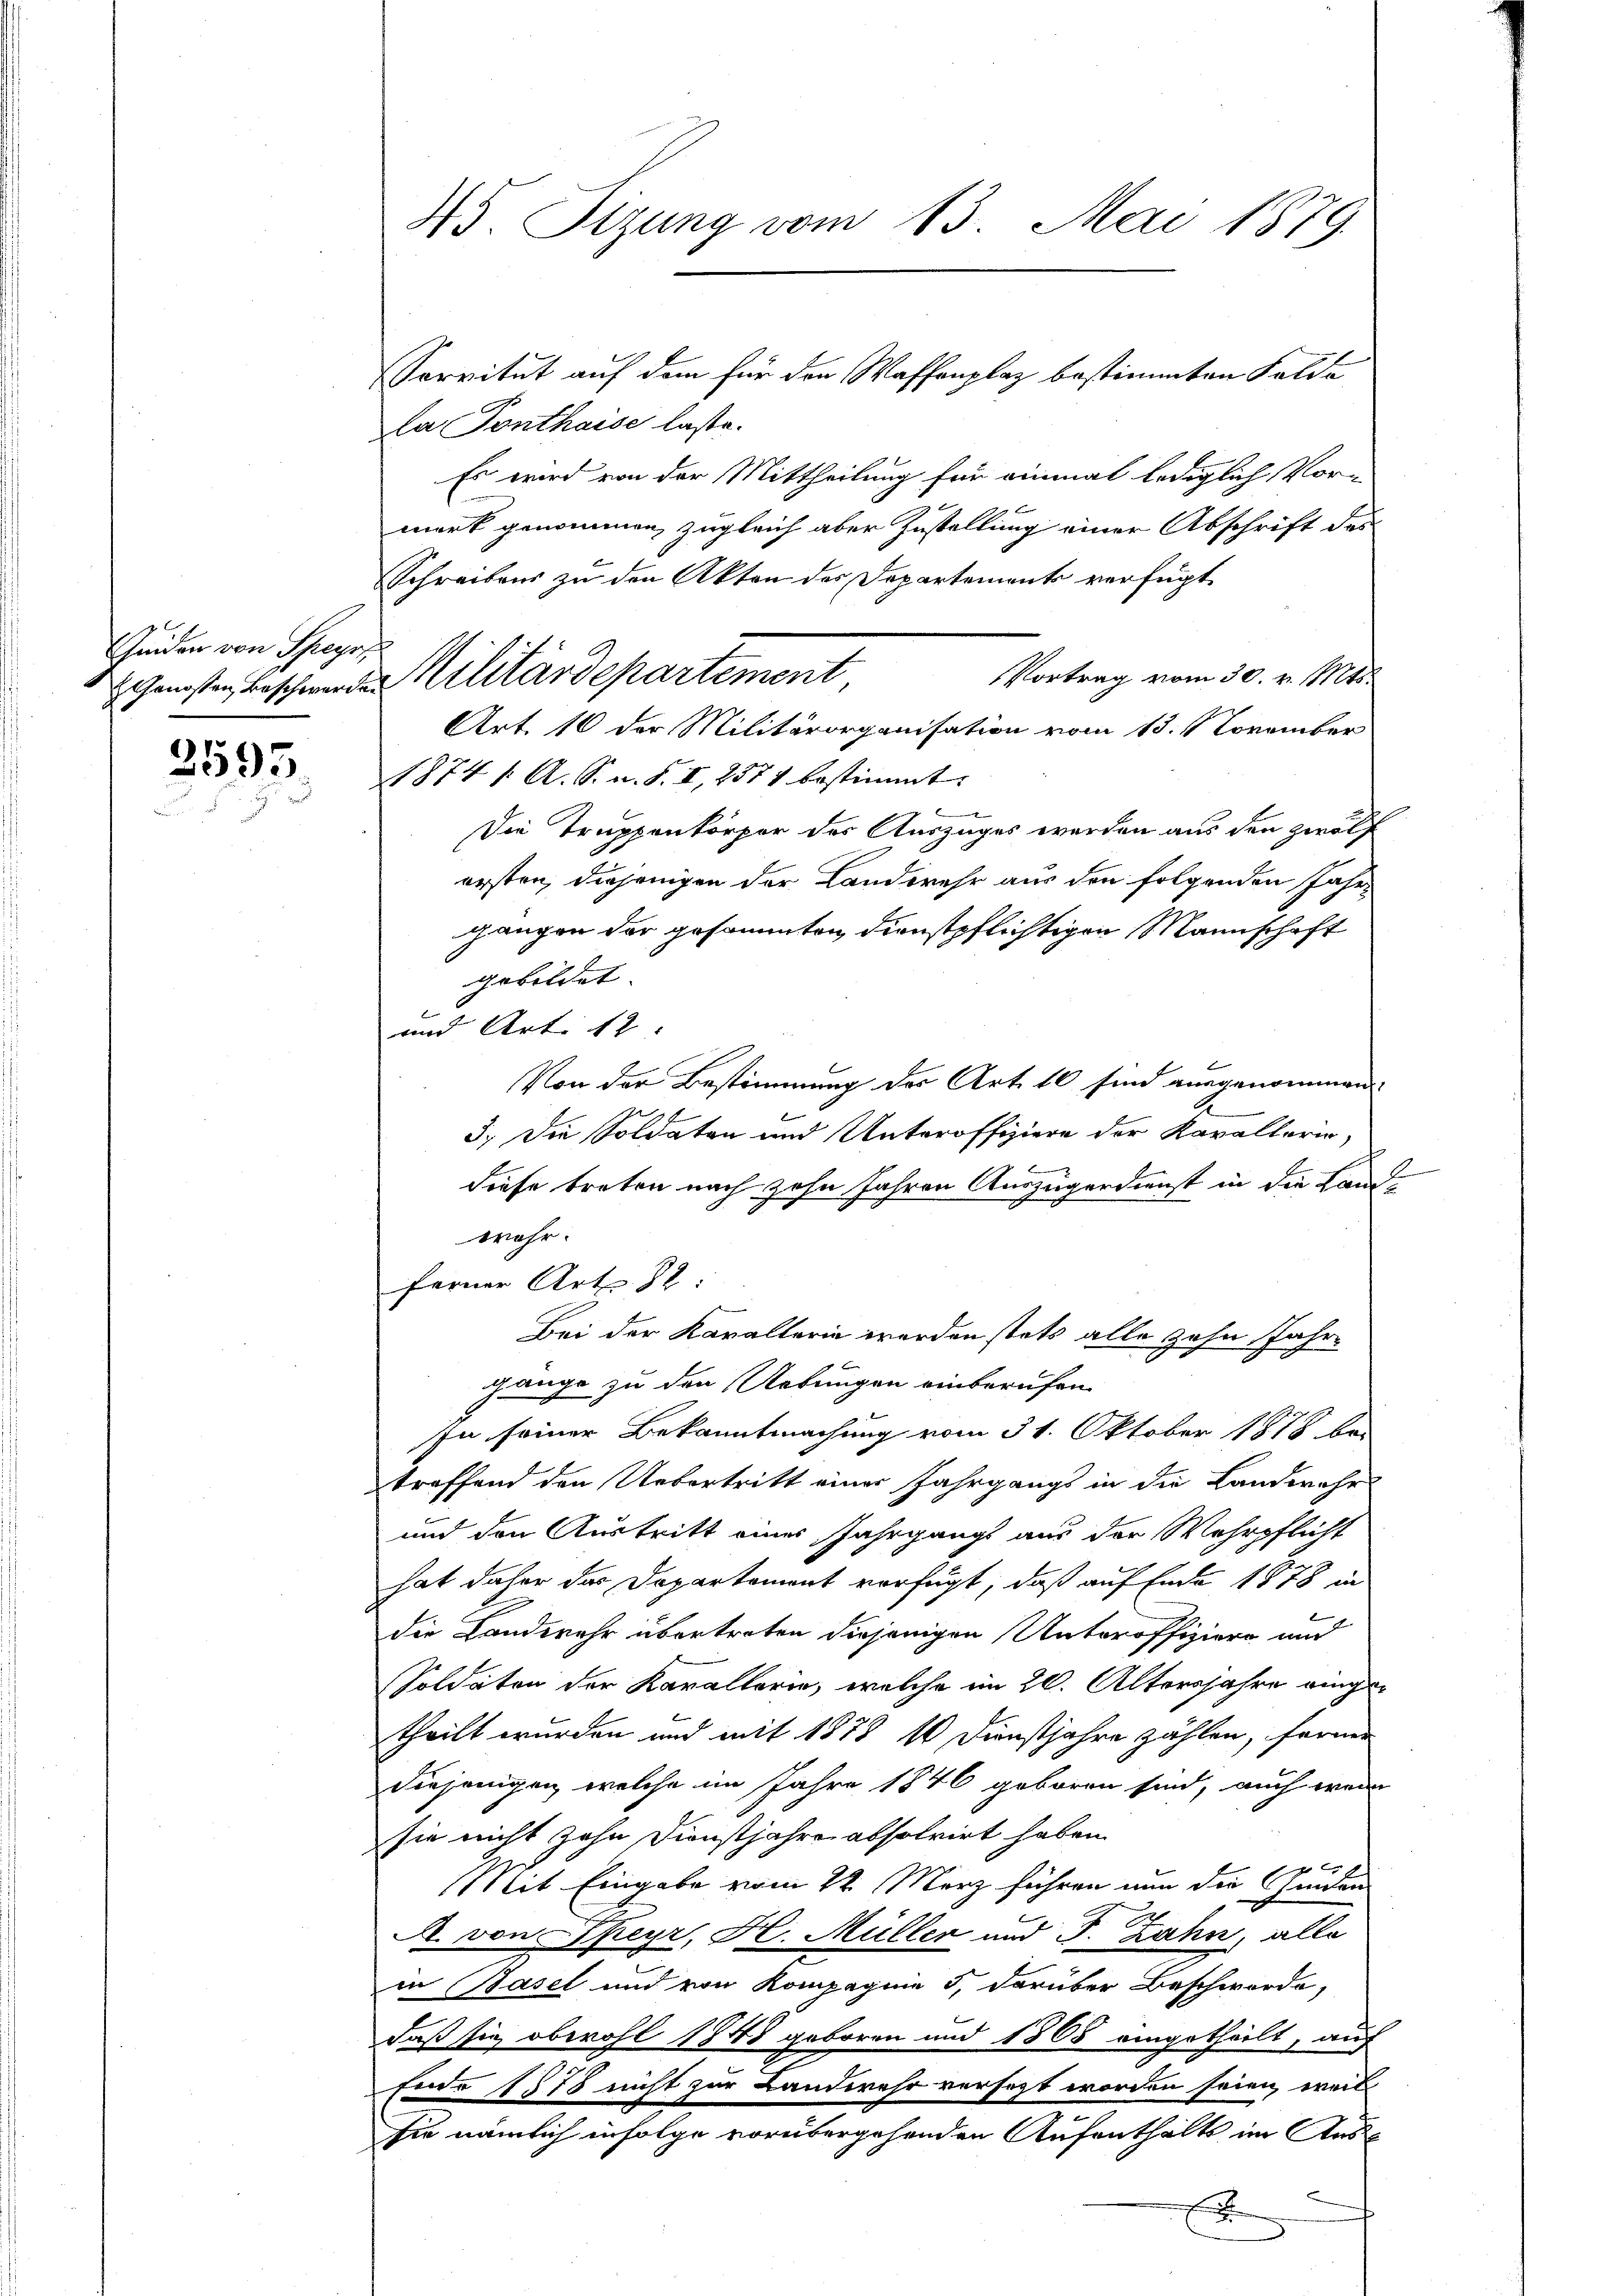
Geiden von Speyr

3595

45. Sizung vom 13. Mai 1879.

Servitut auf dem für den Waffenplaz bestimmten Felde
la Ponthaise laste.
Es wird von der Mittheilung für einmal lediglich Vor-
merk genommen, zugleich aber Zustellung einer Abschrift des
Schreibens zu den Akten des Departements verfügt
Vortrag vom 30. v. Mts.
Art. 16 der Militärorganisation vom 13. 1 November
1874 1. A. S. n. F. I, 2574 bestimmt.
Die Truppenkorpor der Auszuges werden aus den zwölf
ersten, diejenigen der Landwehr aus den folgenden Jahrgangen der gesammten Dienstpflichtigen Mannschaft
gebildet |
und Art. 12
Von der Bestimmung der Art. 10 sind ausgenommen
5.) Die Soldaten und Unteroffiziere der Kavallerin,
J
diese treten nach zehn Jahren Auszügerdienst in die Land-
wohr.
ferner Art. 82:
Bei der Karalterie werden stets alle zehn Jahrgange zu den Artungen einberufen
In seiner Bekanntmachung vom 31. Oktober 1878 be
traffend den Uebertritt einer Jahrgangs in die Landwehr
und den Austritt eines Jahrgangs aus der Wehrpflicht
hat daher das Departement verfügt, daß auf Ende 1878 in
die Landwehr übertreten diejenigen Unteroffiziere und
Soldaten der Karallerie, welche im 20. Altersjahre ringetheilt wurden und mit 1878 / Dienstjahre zählen, ferner
diejenigen, welche im Jahre 1846 geboren sind, auch wenn
sie nicht zehn Dienstjahre absolvirt haben.
g
Mit Eingabe vom 22. März führen nun die Ginden
.
A. von Skeyr, H. Müller und J. Zahn alle
in Basel und von Kompagnie 5, darüber Beschwerde,
daß sie obwohl 1848 geboren und 1868 eingetheilt, auf
Ende 1578 nicht zur Landwehr versagt worden seien, weil
sie nämlich infolge vorübergehenden Aufenthalts im Aus¬
.

schönsten Beschwerden Militärdepartement,